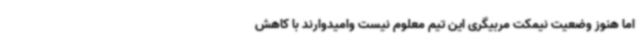
اما هنوز وضعیت نیمکت مربیگری این تیم معلوم نیست وامیدوارند با کاهش